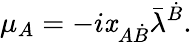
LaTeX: \mu_{A}=-i\mathit{x}_{A\dot{{B}}}\bar{{\lambda}}^{\dot{{B}}}.